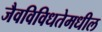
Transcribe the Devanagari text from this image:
जैवविविधतेमधील